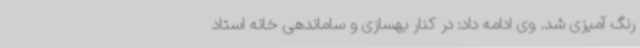
رنگ آمیزی شد. وی ادامه داد: در کنار بهسازی و ساماندهی خانه استاد